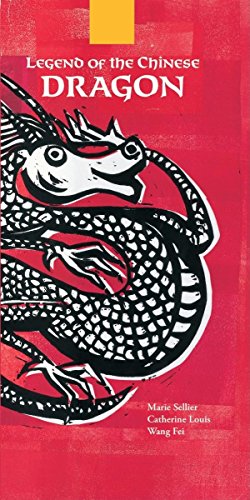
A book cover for Legend of the Chinese Dragon  (English and Mandarin Chinese Edition); Marie Sellier; Children's Books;